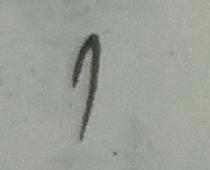
7